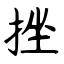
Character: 挫